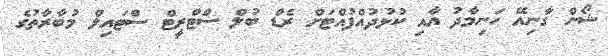
ޝޯން ގާނިއޭ ހަނިމާދު އާއި ކުޅުދުއްފުއްޓަށް ރެޑް ބުލް ސްޓްރީޓް ސްޓައިލް މުބާރާތުގެ